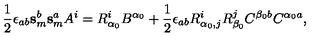
\mathrm { \frac { 1 } { 2 } } \epsilon _ { a b } \mathbf { s } _ { m } ^ { b } \mathbf { s } _ { m } ^ { a } A ^ { i } = R _ { \alpha _ { 0 } } ^ { i } B ^ { \alpha _ { 0 } } + \mathrm { \frac { 1 } { 2 } } \epsilon _ { a b } R _ { \alpha _ { 0 } , j } ^ { i } R _ { \beta _ { 0 } } ^ { j } C ^ { \beta _ { 0 } b } C ^ { \alpha _ { 0 } a } ,